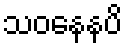
သဝနေနပိ